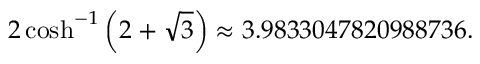
2 \cosh ^ { - 1 } \left( 2 + { \sqrt { 3 } } \right) \approx 3 . 9 8 3 3 0 4 7 8 2 0 9 8 8 7 3 6 .